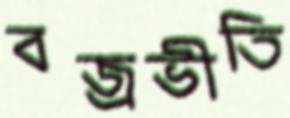
বজ্রভীতি